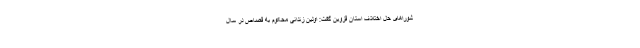
شوراهای حل اختلاف استان قزوین گفت: اولین زندانی محکوم به قصاص در سال